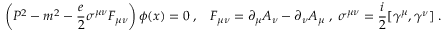
\left( P ^ { 2 } - m ^ { 2 } - \frac { e } { 2 } \sigma ^ { \mu \nu } F _ { \mu \nu } \right) \phi ( x ) = 0 \; , \; \; \; F _ { \mu \nu } = \partial _ { \mu } A _ { \nu } - \partial _ { \nu } A _ { \mu } \; , \; \sigma ^ { \mu \nu } = \frac { i } { 2 } [ \gamma ^ { \mu } , \gamma ^ { \nu } ] \; .